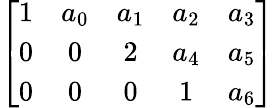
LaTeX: \left[{\begin{array}{ccccc}{1}&{a_{0}}&{a_{1}}&{a_{2}}&{a_{3}}\\ {0}&{0}&{2}&{a_{4}}&{a_{5}}\\ {0}&{0}&{0}&{1}&{a_{6}}\end{array}}\right]